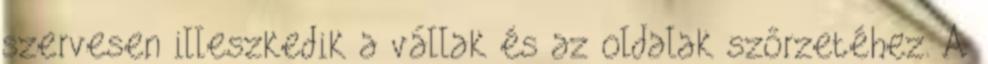
szervesen illeszkedik a vállak és az oldalak szőrzetéhez. A